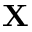
\mathbf { X }